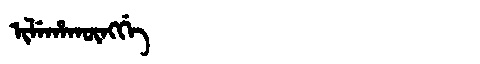
Manchu: ᡳᠯᡝᡥᠠᡴᡡᠩᡤᡝ
Romanization: ILEHAKŪNGGE